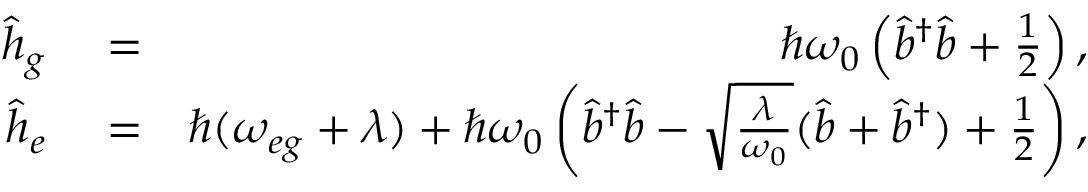
\begin{array} { r l r } { \hat { h } _ { g } } & { { } = } & { \hbar \omega _ { 0 } \left( \hat { b } ^ { \dagger } \hat { b } + \frac { 1 } { 2 } \right) , } \\ { \hat { h } _ { e } } & { { } = } & { \hbar ( \omega _ { e g } + \lambda ) + \hbar \omega _ { 0 } \left( \hat { b } ^ { \dagger } \hat { b } - \sqrt { \frac { \lambda } { \omega _ { 0 } } } ( \hat { b } + \hat { b } ^ { \dagger } ) + \frac { 1 } { 2 } \right) , } \end{array}